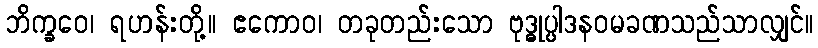
ဘိက္ခဝေ၊ ရဟန်းတို့။ ဧကောဝ၊ တခုတည်းသော ဗုဒ္ဓုပ္ပါဒနဝမခဏသည်သာလျှင်။